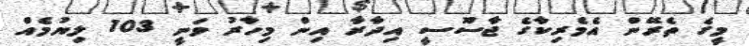
މީގެ ތެރޭން އެމެރިކާގެ ޖާސޫސީ އިދާރާ އިން މިހާރު ވަނީ 103 ލިޔުމެއް